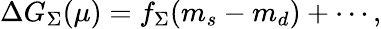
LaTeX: \Delta G_{\Sigma}(\mu)=f_{\Sigma}(m_{s}-m_{d})+\cdots,